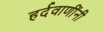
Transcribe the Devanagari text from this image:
हर्दवाणींनी